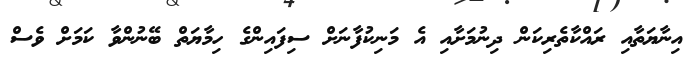
އިނާޔަތާއި ރައްކާތެރިކަން ދިނުމަށާއި އެ މަނިކުފާނަށް ސިފައިންގެ ހިމާޔަތް ބޭނުންވާ ކަމަށް ވެސް